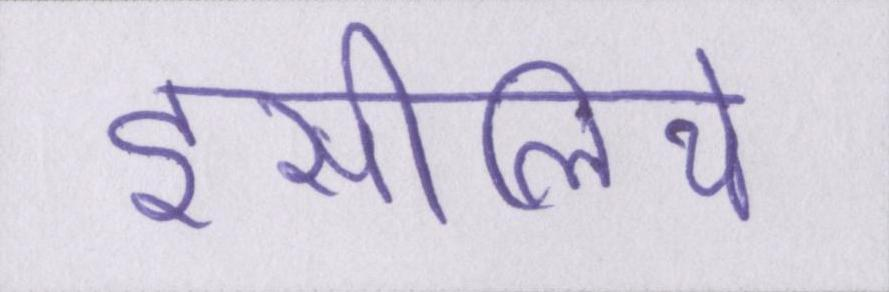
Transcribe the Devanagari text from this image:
इसीलिये